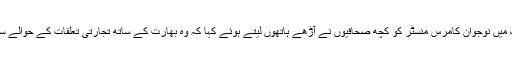
حال ہی میں ایک پریس بریفنگ میں نوجوان کامرس منسٹر کو کچھ صحافیوں نے آڑھے ہاتھوں لیتے ہوئے کہا کہ وہ بھارت کے ساتھ تجارتی تعلقات کے حوالے سے فوج کی زبان بول رہے ہیں۔